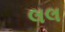
લલ